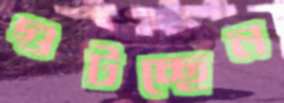
গুটচ্ছেন